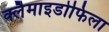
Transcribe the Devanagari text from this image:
क्लैमाइडोफिला